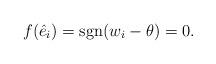
LaTeX: \begin{align*}f(\hat{e}_i) = \operatorname{sgn}(w_i - \theta) = 0. \end{align*}